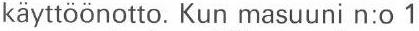
käyttöönotto. Kun masuuni n:o 1